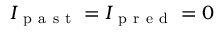
I _ { \mathrm { ~ p ~ a ~ s ~ t ~ } } = I _ { \mathrm { ~ p ~ r ~ e ~ d ~ } } = 0